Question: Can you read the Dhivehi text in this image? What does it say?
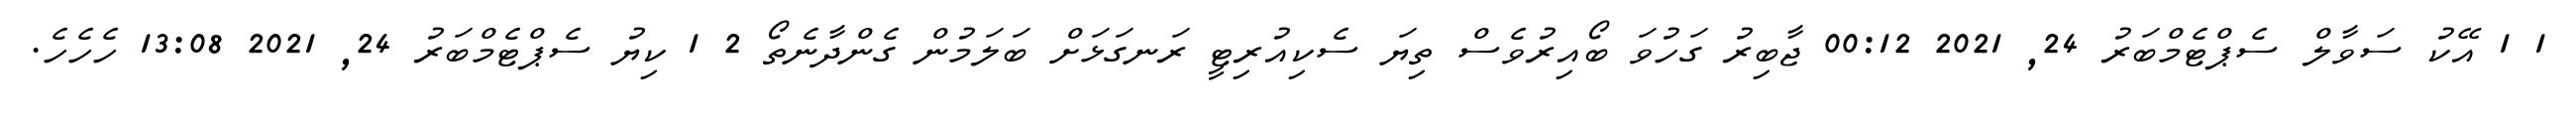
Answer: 1 1 އޭކު ސަވާލް ސެޕްޓެމްބަރު 24, 2021 00:12 ޖާބިރު ގަހުވަ ބޯއިރުވެސް ތިޔަ ސެކިއުރިޓީ ރަނގަޅަށް ބަލަމުން ގެންދާނެތޯ 2 1 ކިޔު ސެޕްޓެމްބަރު 24, 2021 13:08 ހެހެހެ.